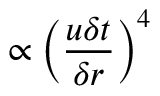
\propto { \left( \frac { u \delta t } { \delta r } \right) } ^ { 4 }